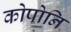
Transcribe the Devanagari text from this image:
कोपोनि